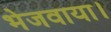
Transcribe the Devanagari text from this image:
भेजवाया।